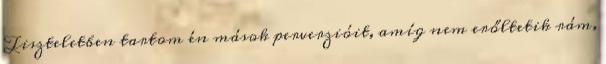
Tiszteletben tartom én mások perverzióit, amíg nem erőltetik rám,